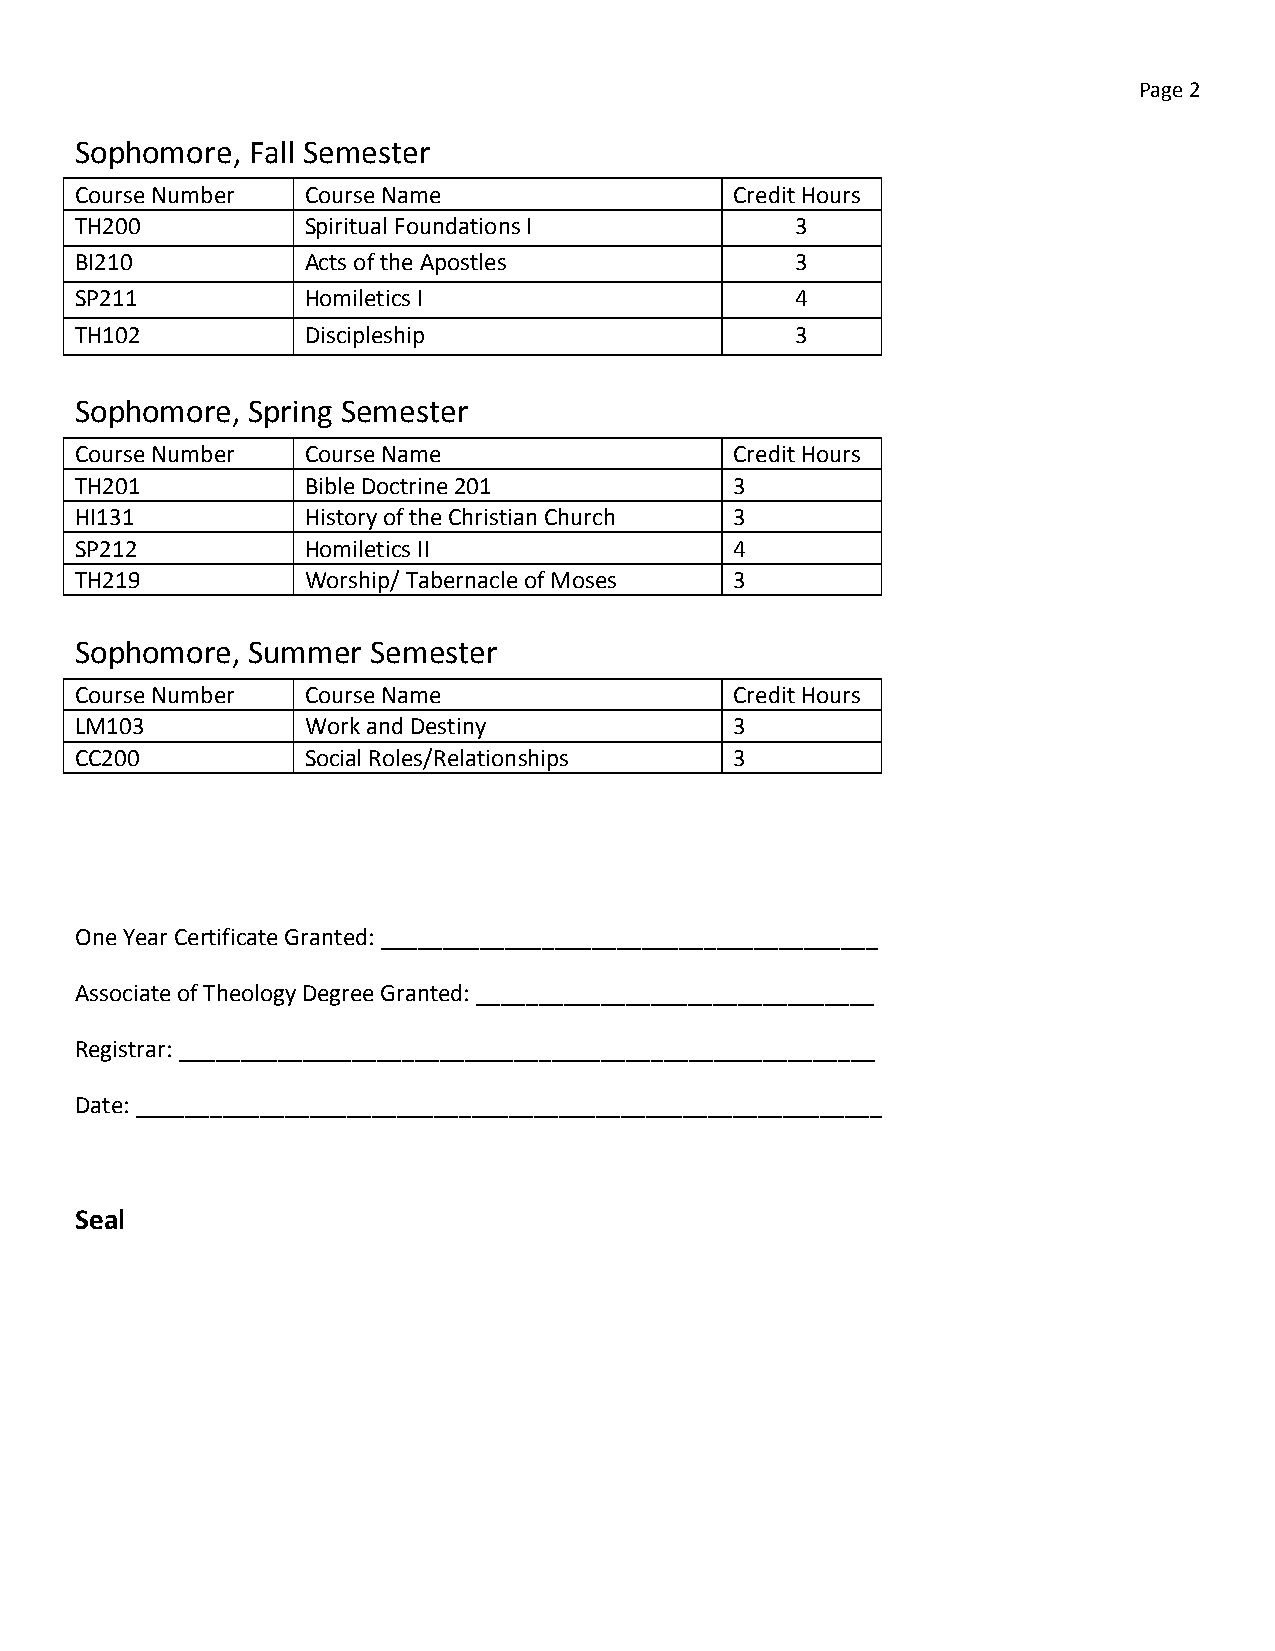
Page 2
 Sophomore, Fall Semester
 Course Number  Course Name                  Credit Hours
 TH200          Spiritual Foundations I          3
 BI210          Acts of the Apostles             3
 SP211          Homiletics I                     4
 TH102          Discipleship                     3
 Sophomore, Spring Semester
 Course Number  Course Name                  Credit Hours
 TH201          Bible Doctrine 201           3
 HI131          History of the Christian Church 3
 SP212          Homiletics II                4
 TH219          Worship/ Tabernacle of Moses 3
 Sophomore, Summer   Semester
 Course Number  Course Name                  Credit Hours
 LM103          Work and Destiny             3
 CC200          Social Roles/Relationships   3
 One Year Certificate Granted: ________________________________________
 Associate of Theology Degree Granted: ________________________________
 Registrar: ________________________________________________________
 Date: ____________________________________________________________
 Seal